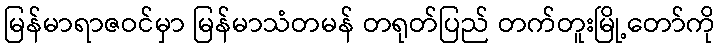
မြန်မာရာဇဝင်မှာ မြန်မာသံတမန် တရုတ်ပြည် တက်တူးမြို့တော်ကို